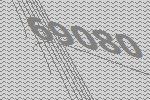
69080